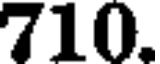
710.